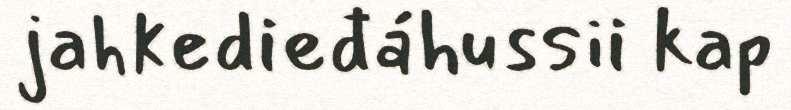
jahkedieđáhussii kap